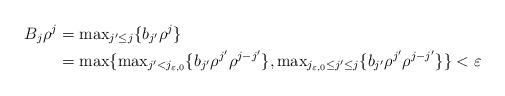
LaTeX: \begin{align*} B_j \rho^j &= {\rm max}_{j'\leq j} \{b_{j'}\rho^j\} \\ &= {\rm max}\{ {\rm max}_{j'<j_{\varepsilon,0}}\{b_{j'}\rho^{j'}\rho^{j-j'}\}, {\rm max}_{j_{\varepsilon,0}\leq j' \leq j}\{b_{j'}\rho^{j'}\rho^{j-j'}\} \} < \varepsilon \end{align*}